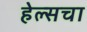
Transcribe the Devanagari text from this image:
हेल्सचा